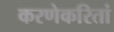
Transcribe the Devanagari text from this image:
करणेकरितां